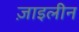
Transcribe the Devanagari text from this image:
ज़ाइलीन